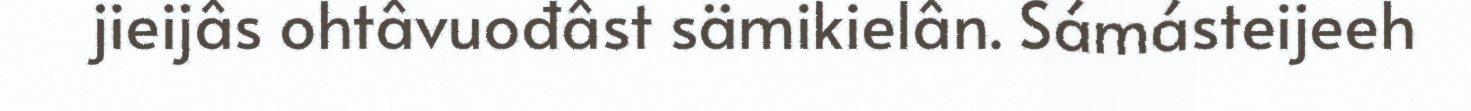
jieijâs ohtâvuođâst sämikielân. Sámásteijeeh